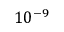
1 0 ^ { - 9 }